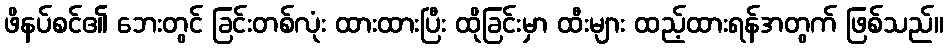
ဖိနပ်စင်၏ ဘေးတွင် ခြင်းတစ်လုံး ထားထားပြီး ထိုခြင်းမှာ ထီးများ ထည့်ထားရန်အတွက် ဖြစ်သည်။